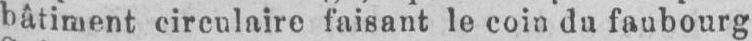
bâtiment circulaire faisant le coin du faubourg